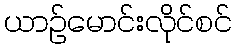
ယာဉ်မောင်းလိုင်စင်